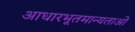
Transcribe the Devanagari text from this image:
आधारभूतमान्यताओं